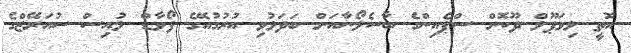
އޮތީ ލިވަޕޫލް ދޫކޮށް ސްޕެއިންގެ ބާސެލޯނާއަށް ބަދަލުވި އުރުގުއޭގެ ފޯވާޑް ލުއިސް ސުއަރޭޒްގެ